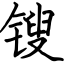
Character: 锼